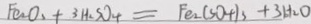
F e _ { 2 } O _ { 3 } + 3 H _ { 2 } S O _ { 4 } = F e _ { 2 } ( S O _ { 4 } ) _ { 3 } + 3 H _ { 2 } O